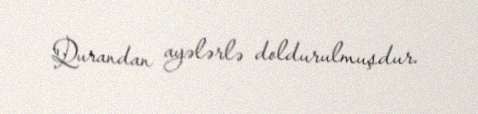
Qurandan ayələrlə doldurulmuşdur.